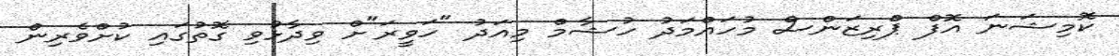
ކޮމިޝަނަ އޮފް ޕްރިޒަންސް މުހައްމަދު ހުޝާމް މިއަދު "ހަވީރަ"ށް ވިދާޅުވި ގޮތުގައި ކުށްވެރިން